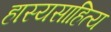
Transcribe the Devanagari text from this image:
हास्यसाहित्य